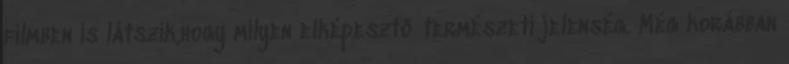
filmben is látszik,hogy milyen elképesztő természeti jelenség. Még korábban